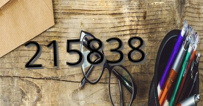
215838